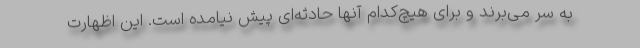
به سر می‌برند و برای هیچ‌کدام آنها حادثه‌ای پیش نیامده است. این اظهارت